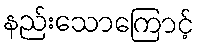
နည်းသောကြောင့်